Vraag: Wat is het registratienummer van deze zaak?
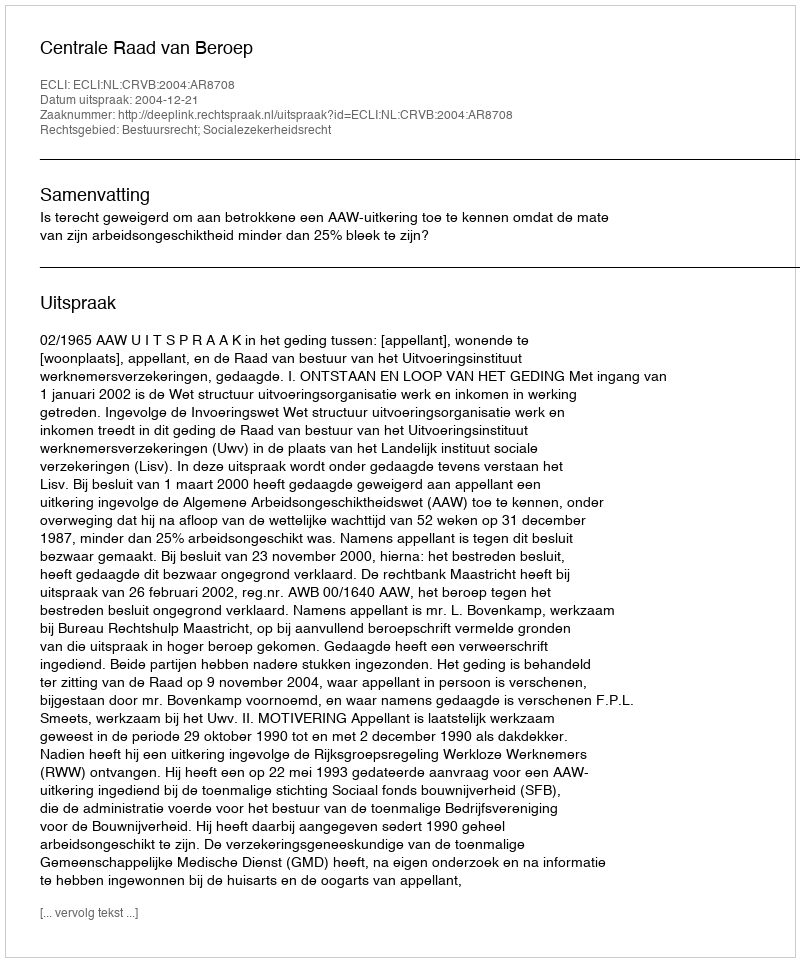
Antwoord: http://deeplink.rechtspraak.nl/uitspraak?id=ECLI:NL:CRVB:2004:AR8708